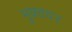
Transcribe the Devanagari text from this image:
मुक़्तदर